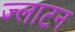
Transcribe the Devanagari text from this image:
ज्लाटन